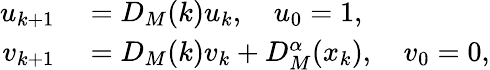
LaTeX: \begin{array}{rl}{u_{k+1}}&{{}=D_{M}(k)u_{k},\quad u_{0}=1,}\\ {v_{k+1}}&{{}=D_{M}(k)v_{k}+D_{M}^{\alpha}(x_{k}),\quad v_{0}=0,}\end{array}